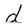
Character: d